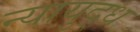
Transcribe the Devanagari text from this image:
न्यायुद्ध